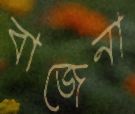
বাজেনা